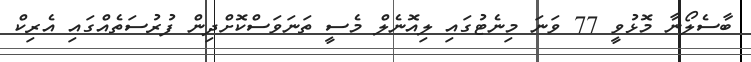
ބާސެލޯނާ މޮޅުވީ 77 ވަނަ މިނެޓުގައި ލިއޮނެލް މެސީ ތަނަވަސްކޮށްދިން ފުރުސަތެއްގައި އެރިކް